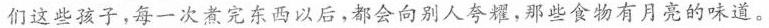
们这些孩子，每一次煮完东西以后，都会向别人夸耀，那些食物有月亮的味道。